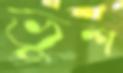
ভুশ